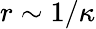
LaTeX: r\sim 1/\kappa